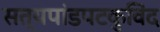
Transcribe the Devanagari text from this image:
सत्यपांडपटकुविंद